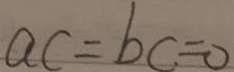
a c = b c = 0